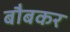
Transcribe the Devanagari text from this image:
बौबकर